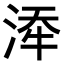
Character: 𪶍